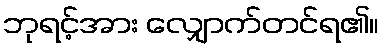
ဘုရင့်အား လျှောက်တင်ရ၏။